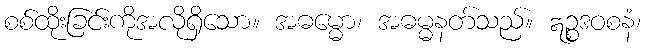
စစ်ထိုးခြင်းကိုအလိုရှိသော။ အဓမ္မော၊ အဓမ္မနတ်သည်။ ဣဉ္စဒဝစနံ၊